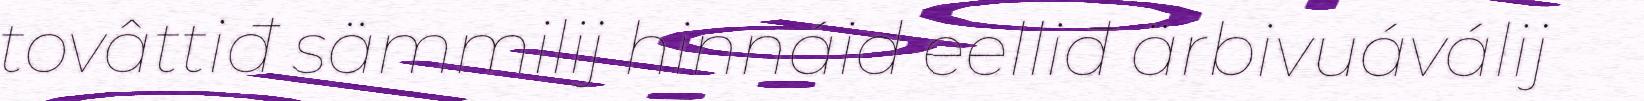
tovâttiđ sämmilij hinnáid eelliđ ärbivuáválij